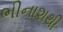
ભીનાશથી